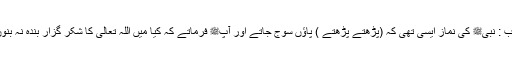
باب : نبیﷺ کی نماز ایسی تھی کہ (پڑھتے پڑھتے ) پاؤں سوج جاتے اور آپﷺ فرماتے کہ کیا میں اللہ تعالیٰ کا شکر گزار بندہ نہ بنوں۔